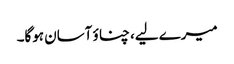
میرے لیے، چناؤ آسان ہوگا۔